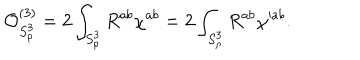
{ \cal O } _ { S _ { \rho } ^ { 3 } } ^ { ( 3 ) } = 2 \int _ { S _ { \rho } ^ { 3 } } R ^ { a b } \chi ^ { a b } = 2 \int _ { S _ { \rho } ^ { 3 } } R ^ { a b } \chi ^ { \prime a b } .